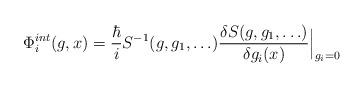
LaTeX: \begin{align*}\Phi_{i}^{int}(g,x) = {\hbar \over i}S^{-1}(g,g_1, \ldots) \frac{\delta S(g,g_1,\ldots)}{ \delta g_i(x)} \Big|_{g_i=0}\end{align*}